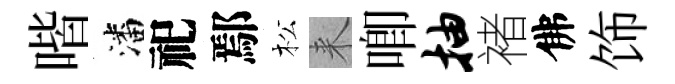
喈潘祀鄢松来唧抽褚佛饰